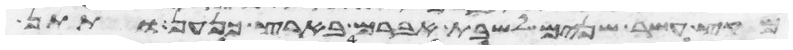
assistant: מקץ עשר שנים לשבת אברם בארץ כנען ותתן